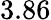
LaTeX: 3.86